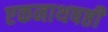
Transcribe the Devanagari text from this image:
एकनाथषष्ठी